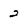
Character: 2